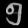
Digit: ၅